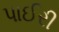
પાઈરી